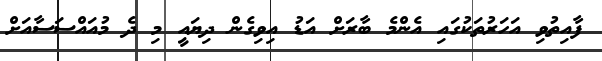
ފާއިތުވި އަހަރުތަކުގައި އެންމެ ބާރަށް އަޑު އިވިގެން ދިޔައީ މި ދެ މުއައްސަސާއަށް